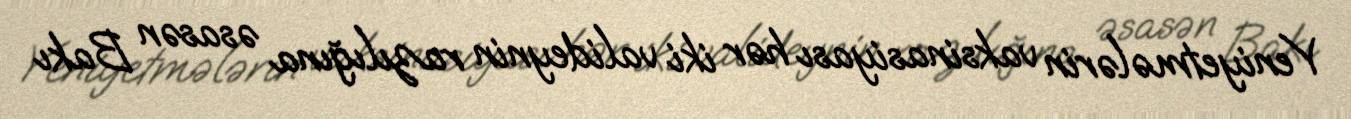
Yeniyetmələrin vaksinasiyası hər iki valideynin razılığına əsasən Bakı